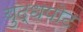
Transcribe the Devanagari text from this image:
युद्धपोट